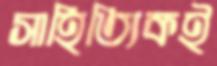
সাহিত্যিকই